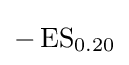
-\operatorname {ES} _{0.20}